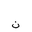
Letter: _non